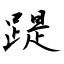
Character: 踶